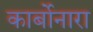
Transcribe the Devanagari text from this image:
कार्बोनारा